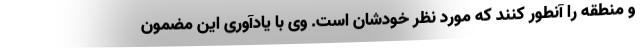
و منطقه را آنطور کنند که مورد نظر خودشان است. وی با یادآوری این مضمون